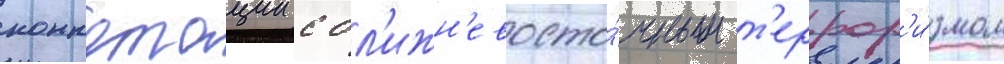
коннотации с бл'ижн'евосто́чным т'еррор'и́змом